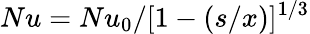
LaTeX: Nu={Nu_{0}}/{[1-(s/x)]^{1/3}}